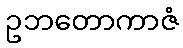
ဥဘတောကာဇံ